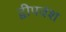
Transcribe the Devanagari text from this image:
द्वीपवंश